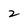
Character: 2